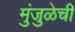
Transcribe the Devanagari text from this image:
मुंजुळेची